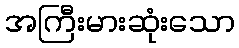
အကြီးမားဆုံးသော